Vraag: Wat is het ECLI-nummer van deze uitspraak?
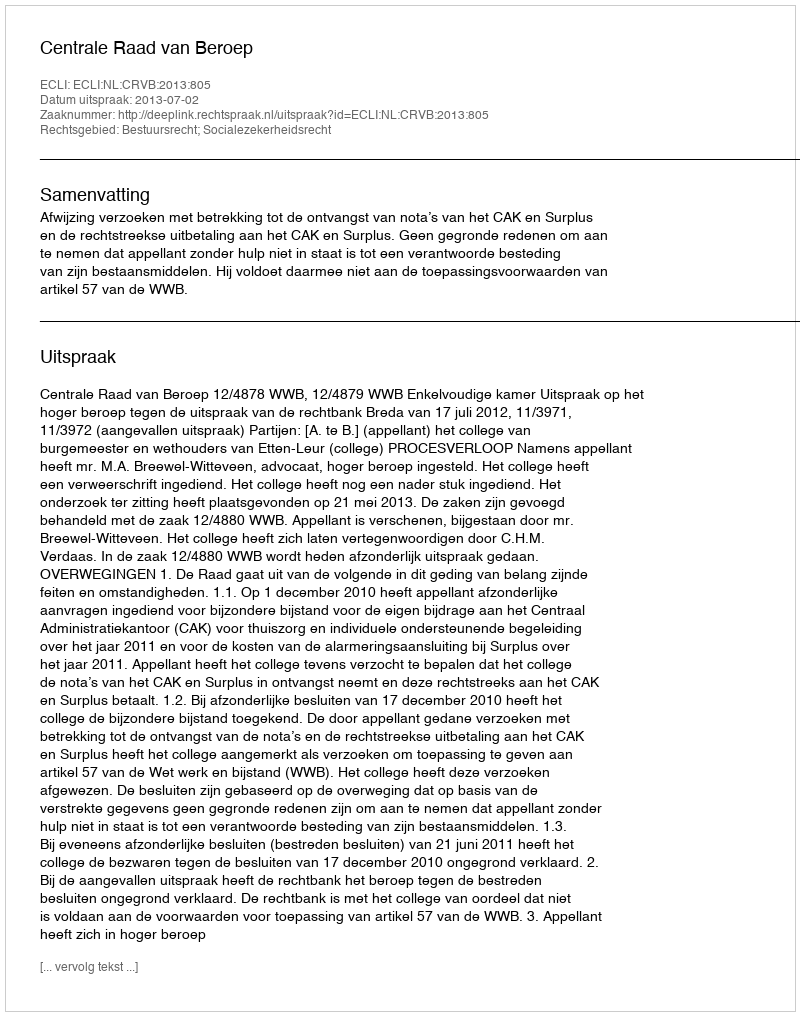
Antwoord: ECLI:NL:CRVB:2013:805